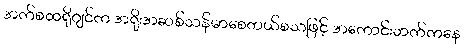
အက်စထရိုဂျင်က အရိုးအဆစ်သန်မာစေတယ်စသဖြင့် အကောင်းဘက်ကနေ